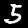
Digit: 5